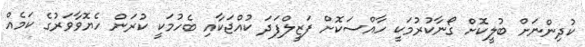
ކުދިންނަށް ބުލީކޮށް ގޯނާކުރުމަކީ ހާއްސަކޮށް ފަޒީލްފަދަ ކުއްޖަކާއި ބެހުމަކީ ކުރަން ހެޔޮވާވަރުގެ ކަމެއް